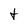
Character: t